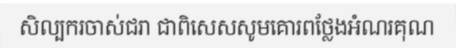
សិល្បករចាស់ជរា ជាពិសេសសូមគោរពថ្លែងអំណរគុណ